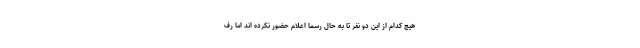
هیچ کدام از این دو نفر تا به حال رسما اعلام حضور نکرده اند اما رف